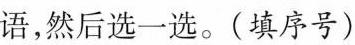
语，然后选一选。(填序号)